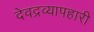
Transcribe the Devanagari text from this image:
देवद्रव्यापहारी